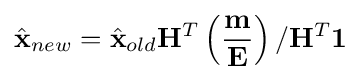
{\hat {\mathbf {x} }}_{new}={\hat {\mathbf {x} }}_{old}\mathbf {H} ^{T}\left({\frac {\mathbf {m} }{\mathbf {E} }}\right)/\mathbf {H} ^{T}\mathbf {1}